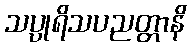
သပ္ပုရိသပညတ္တာနိ